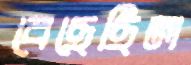
বেছেছিল